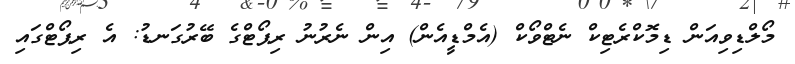
މޯލްޑިވިއަން ޑިމޮކްރެޓިކް ނެޓްވޯކް (އެމްޑީއެން) އިން ނެރުނު ރިޕޯޓްގެ ބޭރުގަނޑު: އެ ރިޕޯޓްގައި